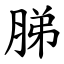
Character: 䏲